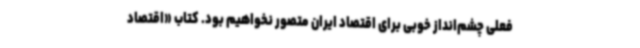
فعلی چشم‌انداز خوبی برای اقتصاد ایران متصور نخواهیم بود. کتاب «اقتصاد